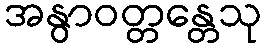
အနွာဝတ္တန္တေသု